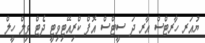
ޔުއަރ ހާރޓްސް އާރ ދަ ސީޓްސް އޮފް ކްރިއޭޓިވިޓީ ދެޓް ވިލް ހީލް